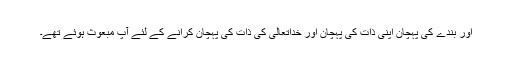
اور بندے کی پہچان اپنی ذات کی پہچان اور خداتعالیٰ کی ذات کی پہچان کرانے کے لئے آپ مبعوث ہوئے تھے۔